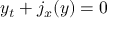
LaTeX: y _ { t } + j _ { x } ( y ) = 0